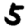
Digit: 5